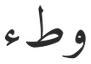
وطء